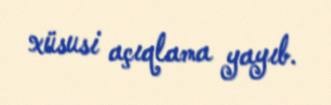
xüsusi açıqlama yayıb.